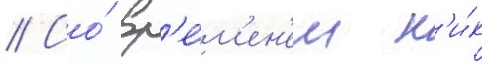
// Со́ вр'е́м'ен'ем н'и́к